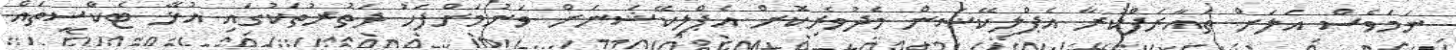
ނަމަވެސް އަލަށް ތައާރަފްކުރާ އެޕްލިކޭޝަން މެދުވެރިކޮށް އެޕްލިކޭޝަނަށް ވަނުމަށްފަހު ދަތުރުތަކުގައި އުޅޭ ޓެކްސީތައް